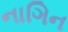
નાગિન